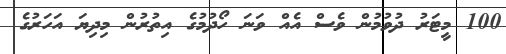
100 މީޓަރު ދުވުމުން ވެސް އެއް ވަނަ ހޯދުމުގެ އިތުރުން މިދިޔަ އަހަރުގެ